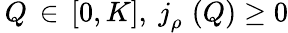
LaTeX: \, Q\, \in\, [0,K],~j_{\rho}^{\mathrm{~\, ~}}\left(Q\right)\geq 0